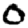
Digit: 0